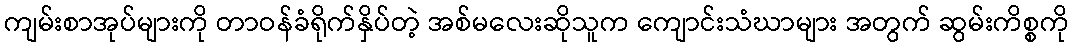
ကျမ်းစာအုပ်များကို တာဝန်ခံရိုက်နှိပ်တဲ့ အစ်မလေးဆိုသူက ကျောင်းသံဃာများ အတွက် ဆွမ်းကိစ္စကို